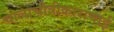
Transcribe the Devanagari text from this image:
चालाचीत्रीकाराणाई